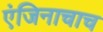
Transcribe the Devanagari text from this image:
एंजिनाचाच